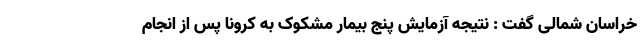
خراسان شمالی گفت : نتیجه آزمایش پنج بیمار مشکوک به کرونا پس از انجام